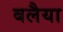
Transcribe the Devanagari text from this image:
बलैया